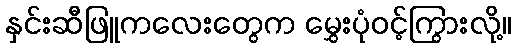
နှင်းဆီဖြူကလေးတွေက မွှေးပုံဝင့်ကြွားလို့။